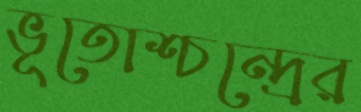
ভূতোশ্চন্দ্রের